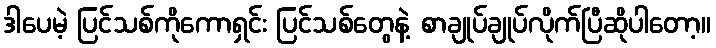
ဒါပေမဲ့ ပြင်သစ်ကိုကောရှင်း ပြင်သစ်တွေနဲ့ စာချုပ်ချုပ်လိုက်ပြီဆိုပါတော့။